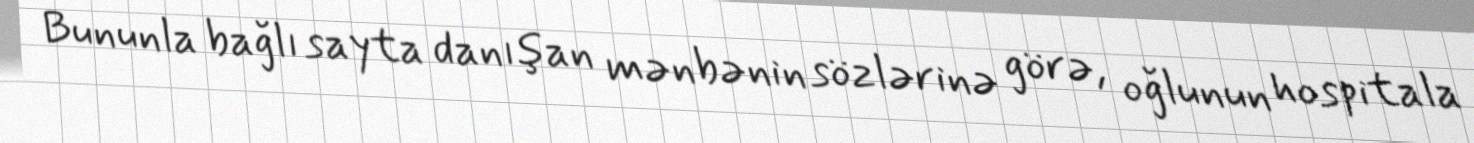
Bununla bağlı sayta danışan mənbənin sözlərinə görə, oğlunun hospitala